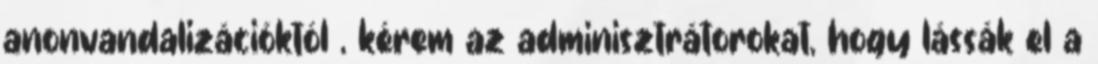
anonvandalizációktól , kérem az adminisztrátorokat, hogy lássák el a